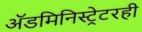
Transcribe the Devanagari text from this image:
अॅडमिनिस्ट्रेटरही